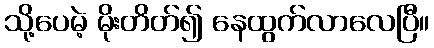
သို့ပေမဲ့ မိုးတိတ်၍ နေထွက်လာလေပြီ။